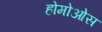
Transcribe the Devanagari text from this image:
होमोओस